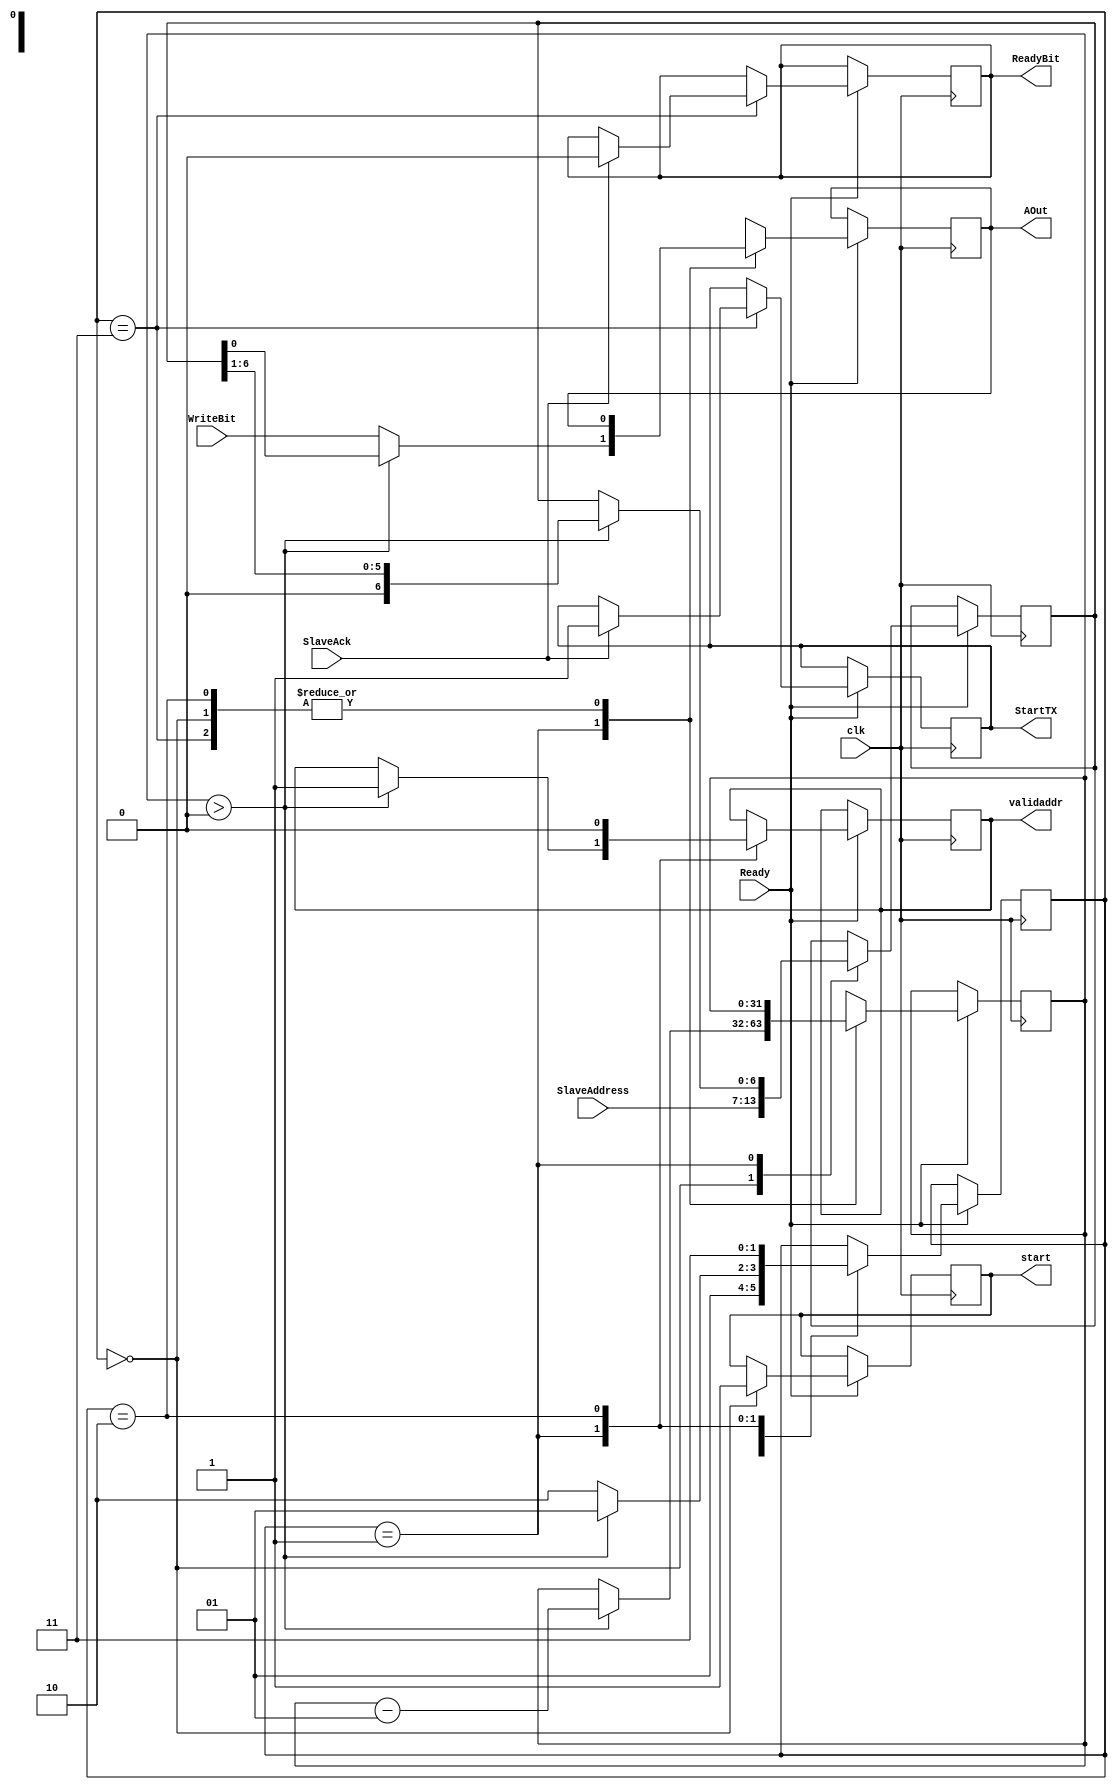
`timescale 10ns/1ns
module slaveaddress(input clk,
      input Ready,
      input SlaveAck,
      input WriteBit,
      input [6:0]SlaveAddress,
      output reg StartTX,
      output reg ReadyBit,
      output reg validaddr,
      output reg start,
      output reg AOut);
reg[1:0] PS,NS;
reg [6:0]SlaveReg;
localparam LoadAddress=2'b00,ShiftAddress=2'b01,
    LastShift=2'b10,CheckSAck=2'b11;
integer i;

initial 
begin
PS=LoadAddress;
i=7;
end

always @(posedge clk)
begin
PS=NS;
if (Ready==1)
begin
case(PS)
LoadAddress:
begin
	start <= 1;			//start signal to start the i2c
  	SlaveReg<=SlaveAddress;
      	NS<=ShiftAddress;  	
end 
ShiftAddress:
begin
if(i>0)
begin
	validaddr <= 1;			//signal to inform that validaddr data is being sent.
    	NS<=ShiftAddress;
    	AOut<=SlaveReg[0];
    	SlaveReg <= {1'b0,SlaveReg[6:1]};
	i = i-1;
end
else
begin
   	NS<=LastShift;
   	AOut=WriteBit;
end
end
LastShift:
begin
	validaddr <= 0;			//end of validaddr data from transmitter
        NS<=CheckSAck;
end 
CheckSAck:
begin
if(SlaveAck==1)
begin
     	StartTX <= 1;
     	ReadyBit <= 0;
end
end 
default:
 	NS<=LoadAddress;
endcase 
end
end
endmodule